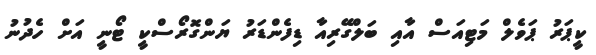
ކީޕަރު ޕަވެލް މަޓިއަސް އާއި ބަލްގޭރިއާ ޑިފެންޑަރު ޔަންގޮރޯސްކީ ޓޯނީ އަށް ހެދުނު